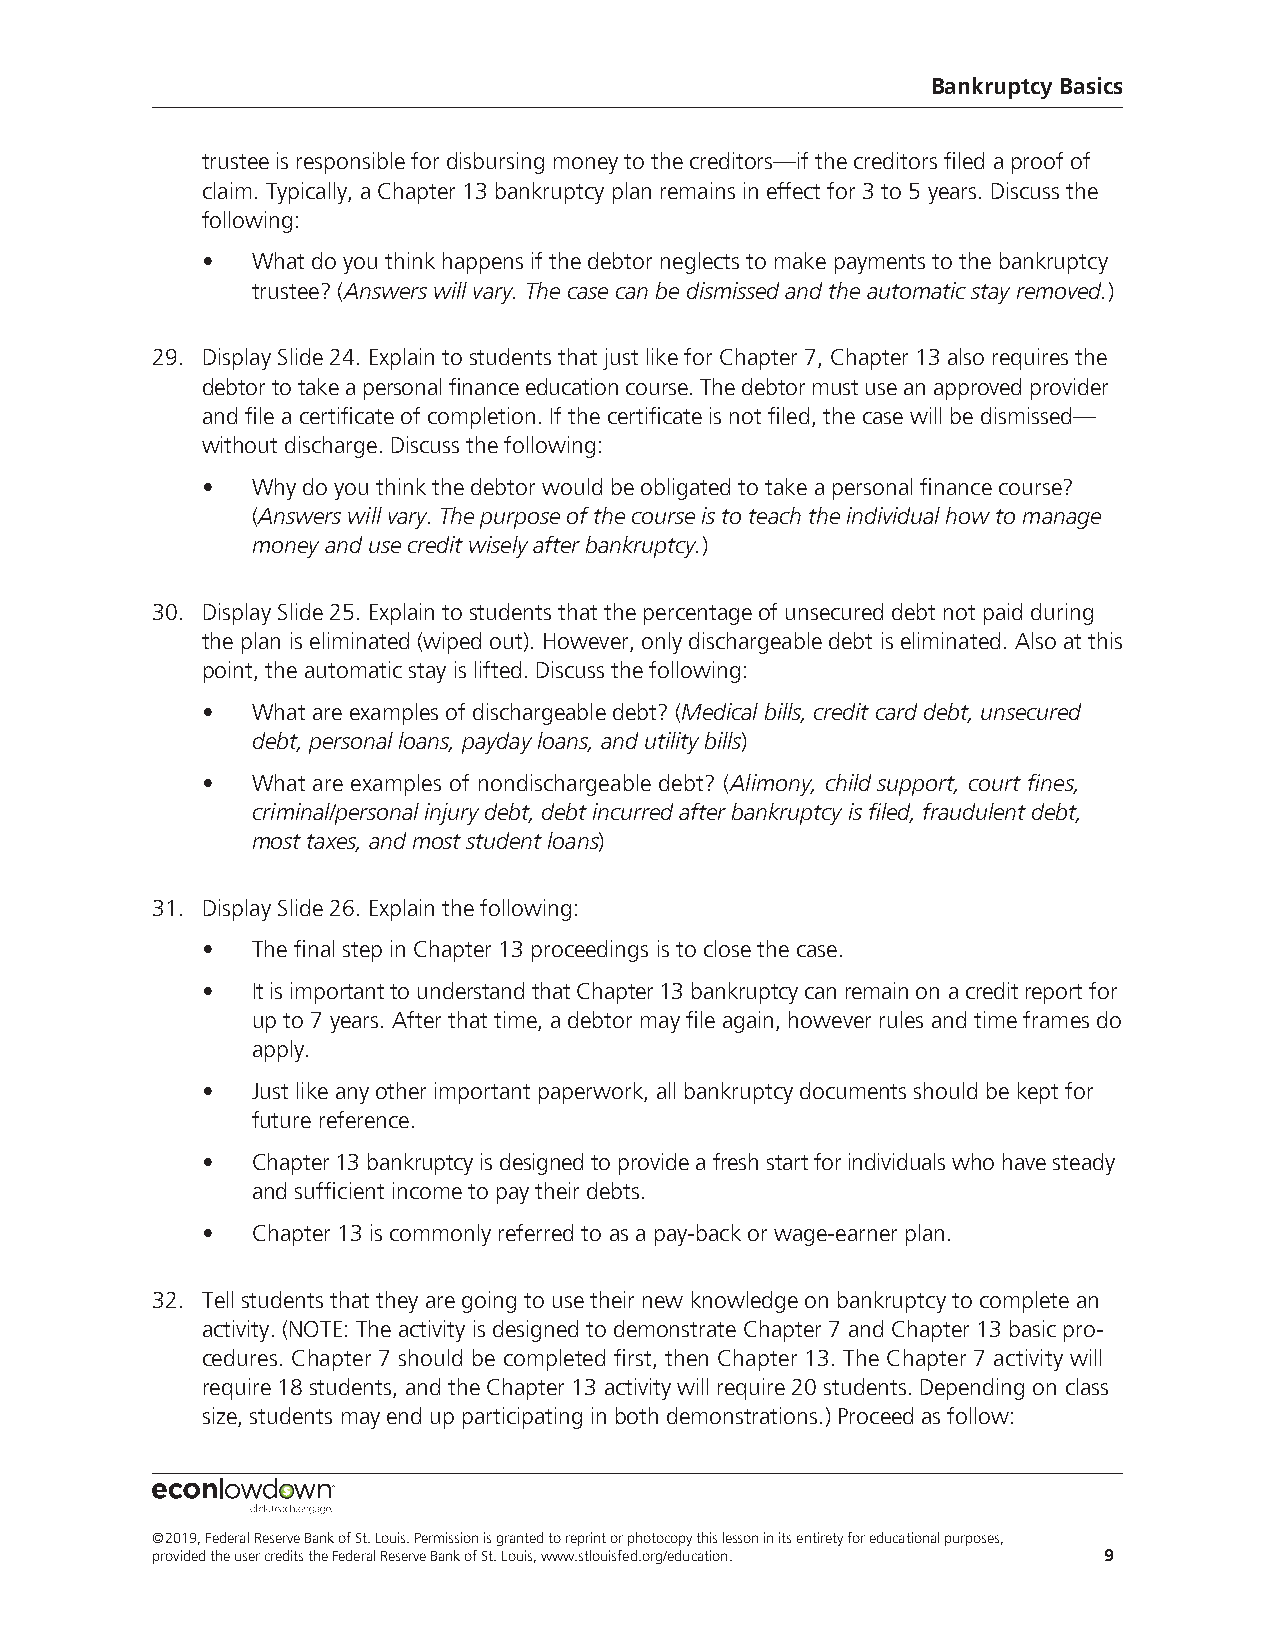
Bankruptcy Basics
 trustee is responsible for disbursing money to the creditors—if the creditors filed a proof of
 claim. Typically, a Chapter 13 bankruptcy plan remains in effect for 3 to 5 years. Discuss the
 following:
 •   What do you think happens if the debtor neglects to make payments to the bankruptcy
 trustee? (Answers will vary. The case can be dismissed and the automatic stay removed.)
 29. Display Slide 24. Explain to students that just like for Chapter 7, Chapter 13 also requires the
 debtor to take a personal finance education course. The debtor must use an approved provider
 and file a certificate of completion. If the certificate is not filed, the case will be dismissed—
 without discharge. Discuss the following:
 •   Why do you think the debtor would be obligated to take a personal finance course?
 (Answers will vary. The purpose of the course is to teach the individual how to manage
 money and use credit wisely after bankruptcy.)
 30. Display Slide 25. Explain to students that the percentage of unsecured debt not paid during
 the plan is eliminated (wiped out). However, only dischargeable debt is eliminated. Also at this
 point, the automatic stay is lifted. Discuss the following:
 •   What are examples of dischargeable debt? (Medical bills, credit card debt, unsecured
 debt, personal loans, payday loans, and utility bills)
 •   What are examples of nondischargeable debt? (Alimony, child support, court fines,
 criminal/personal injury debt, debt incurred after bankruptcy is filed, fraudulent debt,
 most taxes, and most student loans)
 31. Display Slide 26. Explain the following:
 •   The final step in Chapter 13 proceedings is to close the case.
 •   It is important to understand that Chapter 13 bankruptcy can remain on a credit report for
 up to 7 years. After that time, a debtor may file again, however rules and time frames do
 apply.
 •   Just like any other important paperwork, all bankruptcy documents should be kept for
 future reference.
 •   Chapter 13 bankruptcy is designed to provide a fresh start for individuals who have steady
 and sufficient income to pay their debts.
 •   Chapter 13 is commonly referred to as a pay-back or wage-earner plan.
 32. Tell students that they are going to use their new knowledge on bankruptcy to complete an
 activity. (NOTE: The activity is designed to demonstrate Chapter 7 and Chapter 13 basic pro-
 cedures. Chapter 7 should be completed first, then Chapter 13. The Chapter 7 activity will
 require 18 students, and the Chapter 13 activity will require 20 students. Depending on class
 size, students may end up participating in both demonstrations.) Proceed as follow:
 ©2019, Federal Reserve Bank of St. Louis. Permission is granted to reprint or photocopy this lesson in its entirety for educational purposes,
 provided the user credits the Federal Reserve Bank of St. Louis, www.stlouisfed.org/education. 9